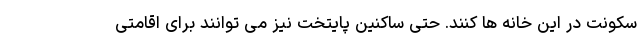
سکونت در این خانه ها کنند. حتی ساکنین پایتخت نیز می توانند برای اقامتی